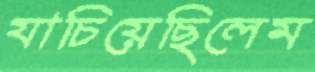
যাচিয়েছিলেম